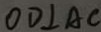
O D \bot A C